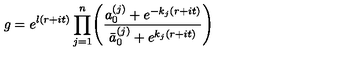
g = e ^ { l ( r + i t ) } \displaystyle \prod _ { j = 1 } ^ { n } \Biggl ( { \frac { a _ { 0 } ^ { ( j ) } + e ^ { - { k _ { j } } ( r + i t ) } } { \bar { a } _ { 0 } ^ { ( j ) } + e ^ { { k _ { j } } ( r + i t ) } } } \Biggr )